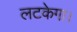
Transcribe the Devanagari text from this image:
लटकेगा।